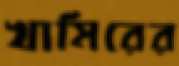
খামিরের